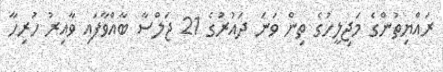
ރައްޔިތުންގެ މަޖިލީހުގެ ތިން ވަނަ ދައުރުގެ 21 ޖަލްސާ ބާއްވާފައި ވާއިރު ހުރިހާ